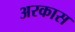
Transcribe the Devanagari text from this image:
अरकास